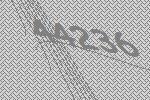
44236